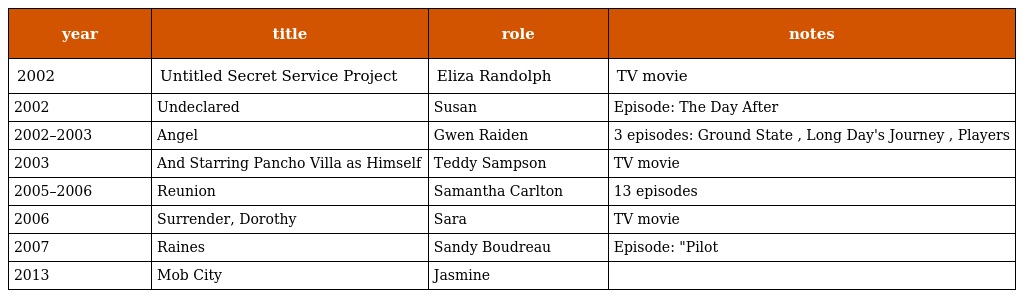
| year | title | role | notes |
 | --- | --- | --- | --- |
 | 2002 | Untitled Secret Service Project | Eliza Randolph | TV movie |
 | 2002 | Undeclared | Susan | Episode: The Day After |
 | 2002–2003 | Angel | Gwen Raiden | 3 episodes: Ground State , Long Day's Journey , Players |
 | 2003 | And Starring Pancho Villa as Himself | Teddy Sampson | TV movie |
 | 2005–2006 | Reunion | Samantha Carlton | 13 episodes |
 | 2006 | Surrender, Dorothy | Sara | TV movie |
 | 2007 | Raines | Sandy Boudreau | Episode: "Pilot |
 | 2013 | Mob City | Jasmine |  |